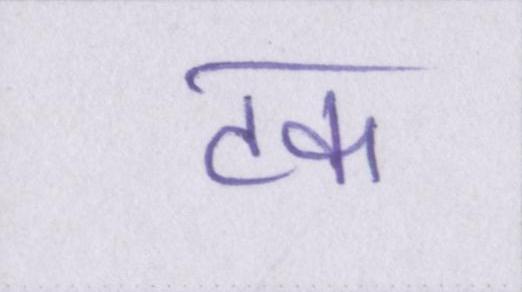
टक